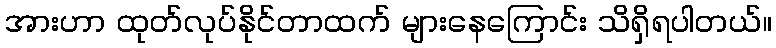
အားဟာ ထုတ်လုပ်နိုင်တာထက် များနေကြောင်း သိရှိရပါတယ်။